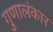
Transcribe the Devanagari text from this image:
गुणालंकार